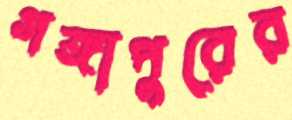
গঙ্গাপুরের